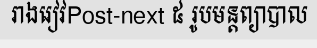
រាងរៀវPost-next ៥ រូបមន្តព្យាបាល